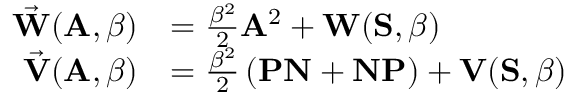
\begin{array} { r l } { \vec { \mathbf { W } } ( \mathbf { A } , \beta ) } & { = \frac { \beta ^ { 2 } } { 2 } \mathbf { A } ^ { 2 } + \mathbf { W } ( \mathbf { S } , \beta ) } \\ { \vec { \mathbf { V } } ( \mathbf { A } , \beta ) } & { = \frac { \beta ^ { 2 } } { 2 } \left( \mathbf { P N } + \mathbf { N P } \right) + \mathbf { V } ( \mathbf { S } , \beta ) } \end{array}